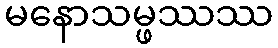
မနောသမ္ဖဿဿ